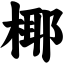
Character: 椰